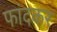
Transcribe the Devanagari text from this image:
फांदकर